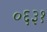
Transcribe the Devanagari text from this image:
०६३१